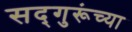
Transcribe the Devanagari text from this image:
सद्‍गुरूंच्या